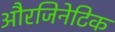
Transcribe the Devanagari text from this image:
औरजिनेटिक